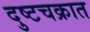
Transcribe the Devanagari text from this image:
दुष्टचक्रात